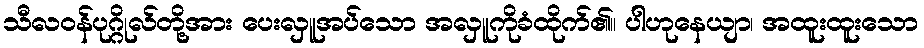
သီလဝန်ပုဂ္ဂိုလ်တို့အား ပေးလှူအပ်သော အလှူကိုခံထိုက်၏။ ပါဟုနေယျာ၊ အထူးထူးသော